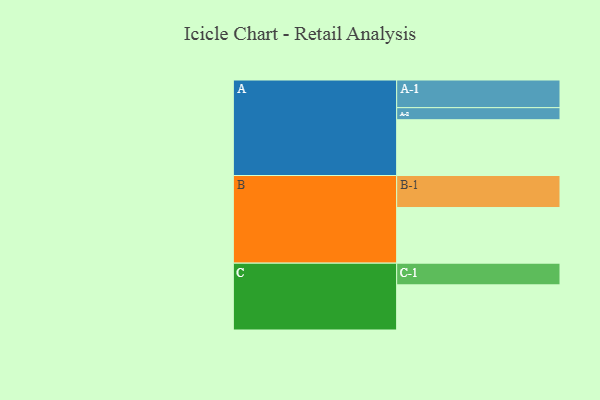
{"axis": {"x": "Segment", "y": "Value"}, "legend": ["", "A", "B", "C"], "data": [{"x": "A", "y": 504, "type": ""}, {"x": "B", "y": 503, "type": ""}, {"x": "C", "y": 408, "type": ""}, {"x": "A-1", "y": 250, "type": "A"}, {"x": "A-2", "y": 109, "type": "A"}, {"x": "B-1", "y": 289, "type": "B"}, {"x": "C-1", "y": 196, "type": "C"}]}